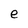
Character: e